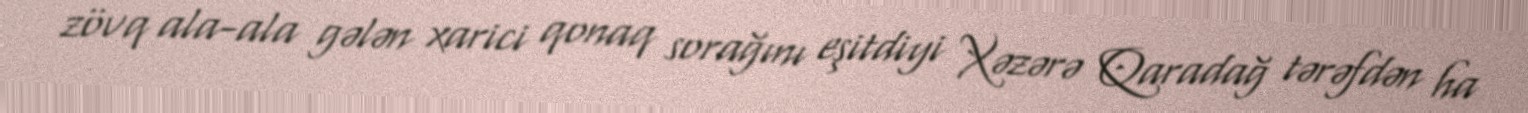
zövq ala-ala gələn xarici qonaq sorağını eşitdiyi Xəzərə Qaradağ tərəfdən ha